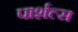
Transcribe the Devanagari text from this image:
पार्शल्स